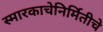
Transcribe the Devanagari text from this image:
स्मारकाचेनिर्मितीचे